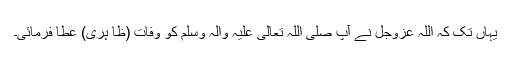
یہاں تک کہ اللہ عَزَّوَجَلَّ نے آپ صلَّی اللہ تعالیٰ علیہ واٰلہٖ وسلَّم کو وفاتِ (ظا ہِری) عطا فرمائی۔